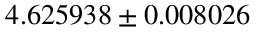
4 . 6 2 5 9 3 8 \pm 0 . 0 0 8 0 2 6